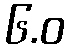
၆.ဝ